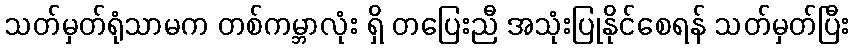
သတ်မှတ်ရုံသာမက တစ်ကမ္ဘာလုံး ရှိ တပြေးညီ အသုံးပြုနိုင်စေရန် သတ်မှတ်ပြီး